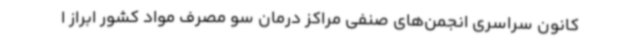
کانون سراسری انجمن‌های صنفی مراکز درمان سو مصرف مواد کشور ابراز ا